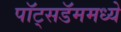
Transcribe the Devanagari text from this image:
पॉट्सडॅममध्ये